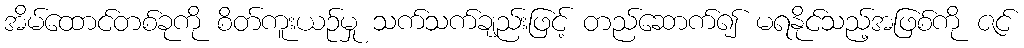
အိမ်ထောင်တစ်ခုကို စိတ်ကူးယဉ်မှု သက်သက်ချည်းဖြင့် တည်ဆောက်၍ မရနိုင်သည့်အဖြစ်ကို ဇင်